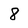
Character: 8